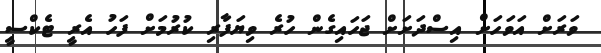
ވަރަށް އަވަހަށް އިސްދަށަށް ޖަހައިގެން ހުރެ ވިޔަފާރި ކުރުމަށް ފަހު އެރީ ޓެކްސީ